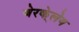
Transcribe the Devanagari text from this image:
बेरके्लेय